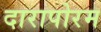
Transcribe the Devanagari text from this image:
दारापोरम